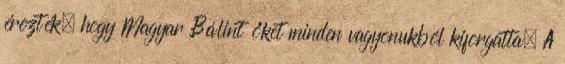
érezték, hogy Magyar Bálint őket minden vagyonukból kiforgatta. A